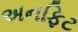
અનફિટ